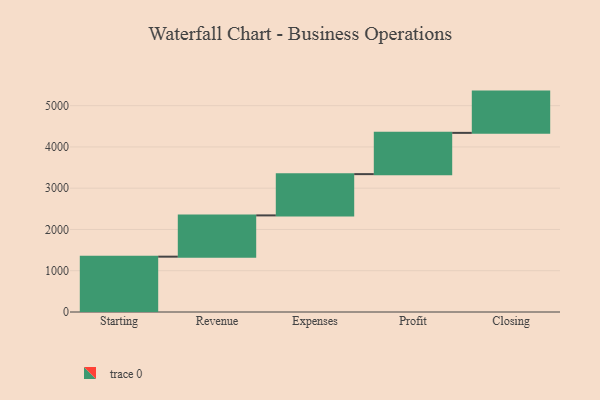
{"axis": {"x": "Step", "y": "Value"}, "legend": [""], "data": [{"x": "Starting", "y": 1341.0, "type": ""}, {"x": "Revenue", "y": 1000, "type": ""}, {"x": "Expenses", "y": 1000, "type": ""}, {"x": "Profit", "y": 1000, "type": ""}, {"x": "Closing", "y": 1000, "type": ""}]}